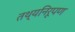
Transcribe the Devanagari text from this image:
तथ्यनिरूपण